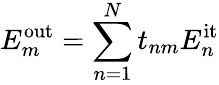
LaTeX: E_{m}^{\mathrm{out}}=\sum_{n=1}^{N}t_{nm}E_{n}^{\mathrm{it}}